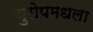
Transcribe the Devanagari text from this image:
युरोपमधला